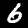
Digit: 6